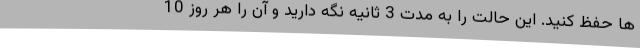
ها حفظ کنید. این حالت را به مدت 3 ثانیه نگه دارید و آن را هر روز 10